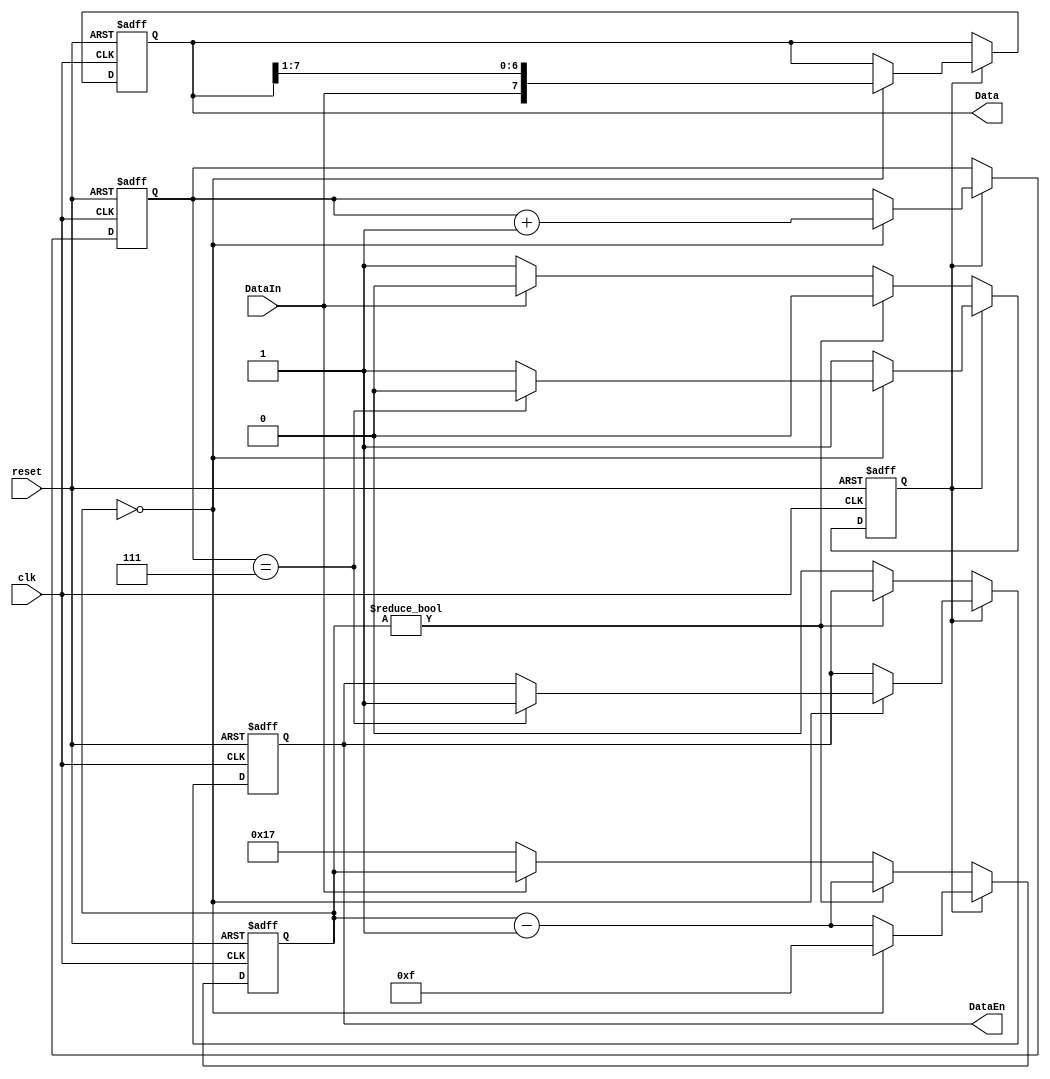
module Rx(DataIn,Data,reset,clk,DataEn);
	input wire DataIn,reset,clk;
	output reg [7:0]Data;
	output reg DataEn;
	reg [4:0]sample;
	reg [2:0]count;
	reg status;
	
	always@(posedge clk,negedge reset)
	begin
		if(reset==0)
		begin
			sample<=0;
			Data<=0;
			status<=0;
			DataEn<=0;
			count<=0;
		end
		else if(status==0)
		begin			
			if(sample!=0)
				sample <= sample - 1;
			else
			begin
				DataEn<=0;
				if(DataIn==0)
				begin
					status<= 1;
					sample<= 23;
				end
			end
		end
		else
		begin			
			if(sample==0)
			begin		
				sample<= 15;
				Data[7:0]<={DataIn,Data[7:1]};
				count<=count+1;
				if(count==7)
				begin
					status<= 0;
					DataEn<= 1;
				end
			end
			else
				sample<=sample-1;
		end
	end
endmodule